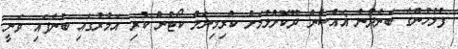
ފުލުހުންގެ ބަންދުން ޣައްސާން ދޫކޮށްލުމަށް ކްރިމިނަލް ކޯޓުން ކުރި އަމުރުގައި ބުނެފައި ވަނީ